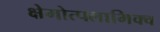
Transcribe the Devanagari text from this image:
क्षेमोत्पलाभिक्व